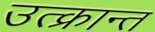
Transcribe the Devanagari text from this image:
उत्क्रान्त